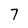
Character: 7